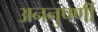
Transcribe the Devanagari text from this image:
अननुपर्णी